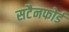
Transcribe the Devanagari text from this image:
सटैनफोर्ड